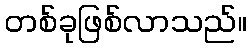
တစ်ခုဖြစ်လာသည်။